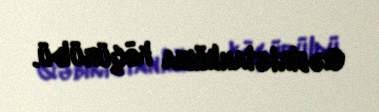
Qəbiristanlığına köçürüldü.